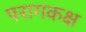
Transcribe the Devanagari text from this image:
परागकक्ष